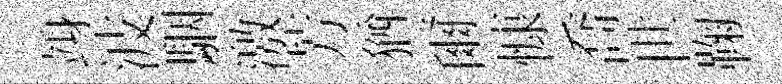
竧波駰激芳猶爾慷喬世鞠